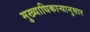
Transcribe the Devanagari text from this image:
मुख्याधिकार्‍यानुसार